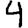
Digit: 4